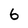
Character: 6